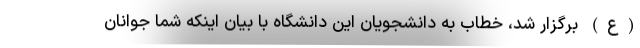
(ع) برگزار شد، خطاب به دانشجویان این دانشگاه با بیان اینکه شما جوانان